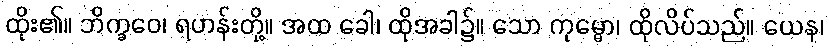
ထိုး၏။ ဘိက္ခဝေ၊ ရဟန်းတို့။ အထ ခေါ၊ ထိုအခါ၌။ သော ကုမ္မော၊ ထိုလိပ်သည်။ ယေန၊